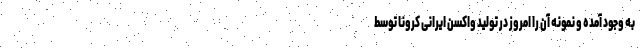
به وجود آمده و نمونه آن را امروز در تولید واکسن ایرانی کرونا توسط